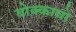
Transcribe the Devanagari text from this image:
बोक्काचो